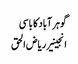
گوہر آباد کا باسی
انجینیر ریاض الحق